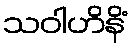
သဝါဟိနိံ